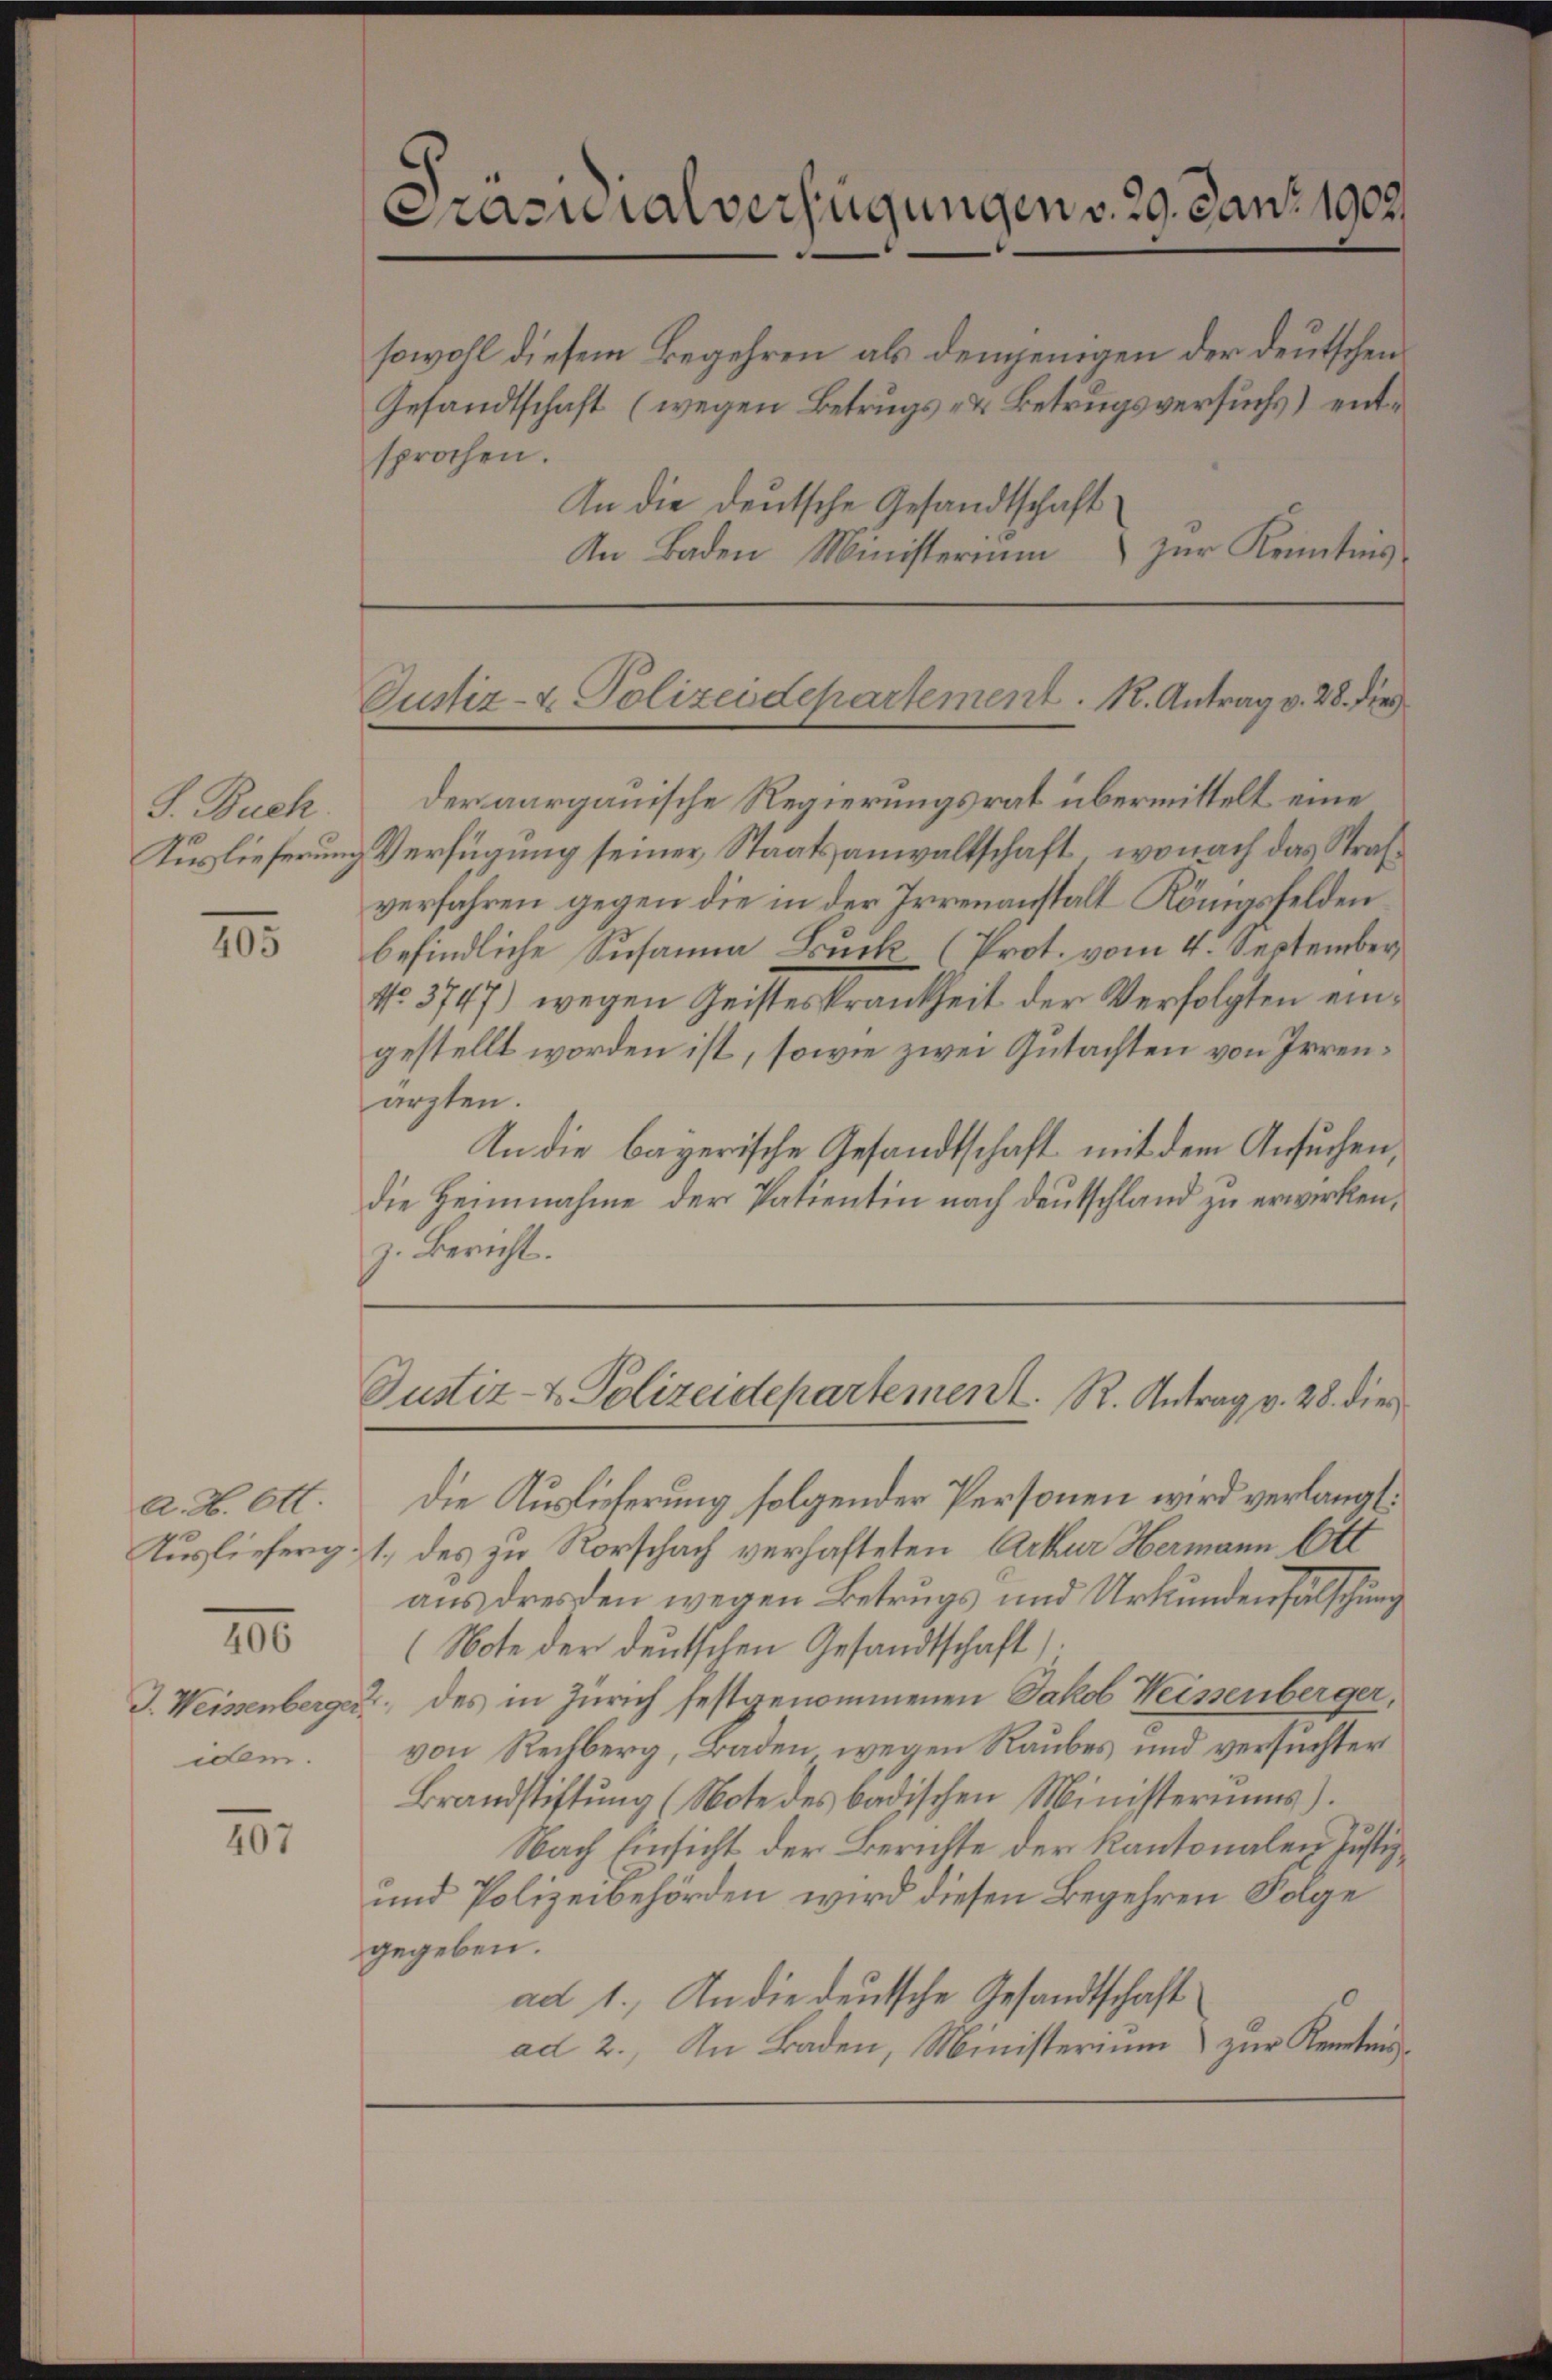
S. Buch.
Auslieferung

405

A. H. Ott.

100.

J. Weisenberger
dem.

181

Prazuialverfügungen v. 29. Janz 1907.

sowohl diesem Begehren als demjenigen der deutschen
Gesandtschaft (wegen Betrugs- & Betrugsversuchs) entsprochen.
An die deutsche Gesandtschaft
zur Kenntnis
An Baden Ministerium

Justiz- & Polizeidepartement. K. Antrag v. 28. dies

Justiz- & Polizeidepartement. R. Antrag v. 28. dies

der aargauische Regierungsrat übermittelt eine
Verfügung seiner Staatsanwaltschaft, wonach das Strafverfahren gegen die in der Irrenanstalt Königsfelden
befindliche Susanna Buck (Prot. vom 4. September,
No. 3747) wegen Geisteskrankheit der Verfolgten eingestellt worden ist, sowie zwei Gutachten von Irrenarzten.
In die bayerische Gesandtschaft mit dem Ansuchen,
die Heimnahme der Patientin nach Deutschland zu erwirken,
z. Bericht.
Die Auslieferung folgender Personen wird verlangt.
Auslieferg: 1. des zu Vorschach verhafteten Arkur Hermann Ott
aus dresden wegen Betrugs und Urkundenfälschung
(Note der deutschen Gesandtschaft)
2. des in Zürich festgenommenen Jakob Weissenberger,
von Rechberg, Baden wegen Raubes und versuchter
Brandstiftung (Note des badischen Ministeriums).
Nach Einsicht der Berichte der Kantonalen Justiz¬
und Polizeibehörden wird diesen Begehren Folge
gegeben.
ad 1., In die deutsche Gesandtschaft
ad 2., In Baden, Ministerium) zur Kenntnis